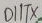
Text: D1/TX